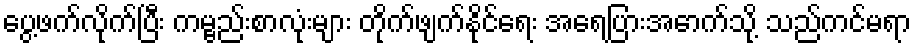
ပွေ့ဖက်လိုက်ပြီး ကမ္ဗည်းစာလုံးများ တိုက်ဖျက်နိုင်ရေး အရေပြားအောက်သို့ သည်ကင်မရာ